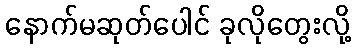
နောက်မဆုတ်ပေါင် ခုလိုတွေးလို့